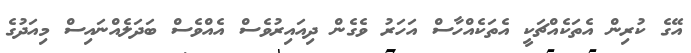
އޭގެ ކުރިން އެތަކެއްޗަކީ އެތަކެއްހާސް އަހަރު ވެގެން ދިއައިރުވެސް އެއްވެސް ބަދަލެއްނައިސް މިއަދުގެ